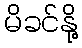
မိခင်နို့